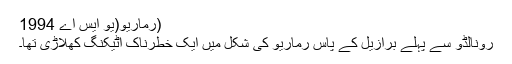
(رُماریو(یو ایس اے 1994
رونالڈو سے پہلے برازیل کے پاس رُماریو کی شکل میں ایک خطرناک اٹیکنگ کھلاڑی تھا۔